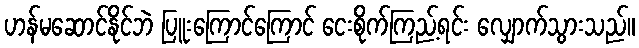
ဟန်မဆောင်နိုင်ဘဲ ပြူးကြောင်ကြောင် ငေးစိုက်ကြည့်ရင်း လျှောက်သွားသည်။